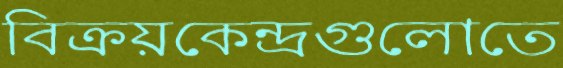
বিক্রয়কেন্দ্রগুলোতে